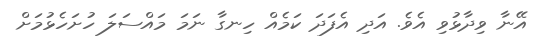
އޭނާ ވިދާޅުވި އެވެ. އަދި އެފަދަ ކަމެއް ހިނގާ ނަމަ މައްސަލަ ހުށަހެޅުމަށް